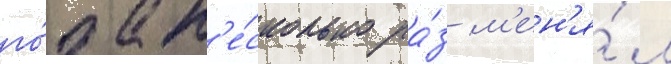
го́да н'е́сколько ра́з м'ен'я́л